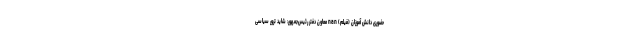
حضوری دانش آموزان (فیلم) nan معاون دفتر رئیس‌جمهور: شاید ترور سیاسی